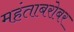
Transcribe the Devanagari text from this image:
महंताबरोबर